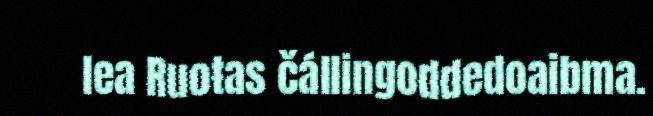
lea Ruoŧas čállingoddedoaibma.